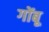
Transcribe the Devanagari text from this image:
गोंबू